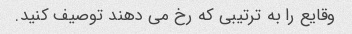
وقایع را به ترتیبی که رخ می دهند توصیف کنید.